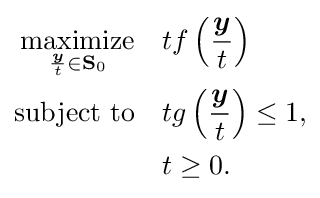
{\begin{aligned}{\underset {{\frac {\boldsymbol {y}}{t}}\in \mathbf {S} _{0}}{\text{maximize}}}\quad &tf\left({\frac {\boldsymbol {y}}{t}}\right)\\{\text{subject to}}\quad &tg\left({\frac {\boldsymbol {y}}{t}}\right)\leq 1,\\&t\geq 0.\end{aligned}}